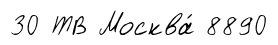
30 ТВ Москва́ 8890